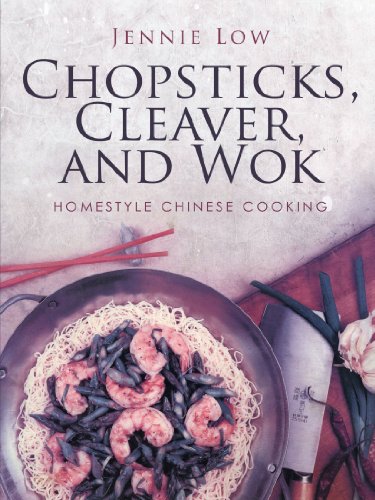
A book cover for Chopsticks, Cleaver, and Wok; Jennie Low; Cookbooks, Food & Wine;